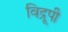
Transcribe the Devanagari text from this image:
विद्रूपी